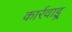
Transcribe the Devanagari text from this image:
कार्रवाइ्र्र